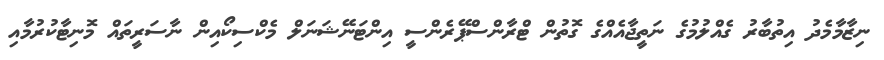
ނިޒާމާމެދު އިތުބާރު ގެއްލުމުގެ ނަތީޖާއެއްގެ ގޮތުން ޓްރާންސްޕޭރެންސީ އިންޓަނޭޝަނަލް މެކްސިކޯއިން ނާސަރީތައް މޮނިޓާކުރުމާއި